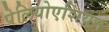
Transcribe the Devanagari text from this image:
पेलियोएशियन